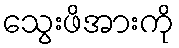
သွေးဖိအားကို